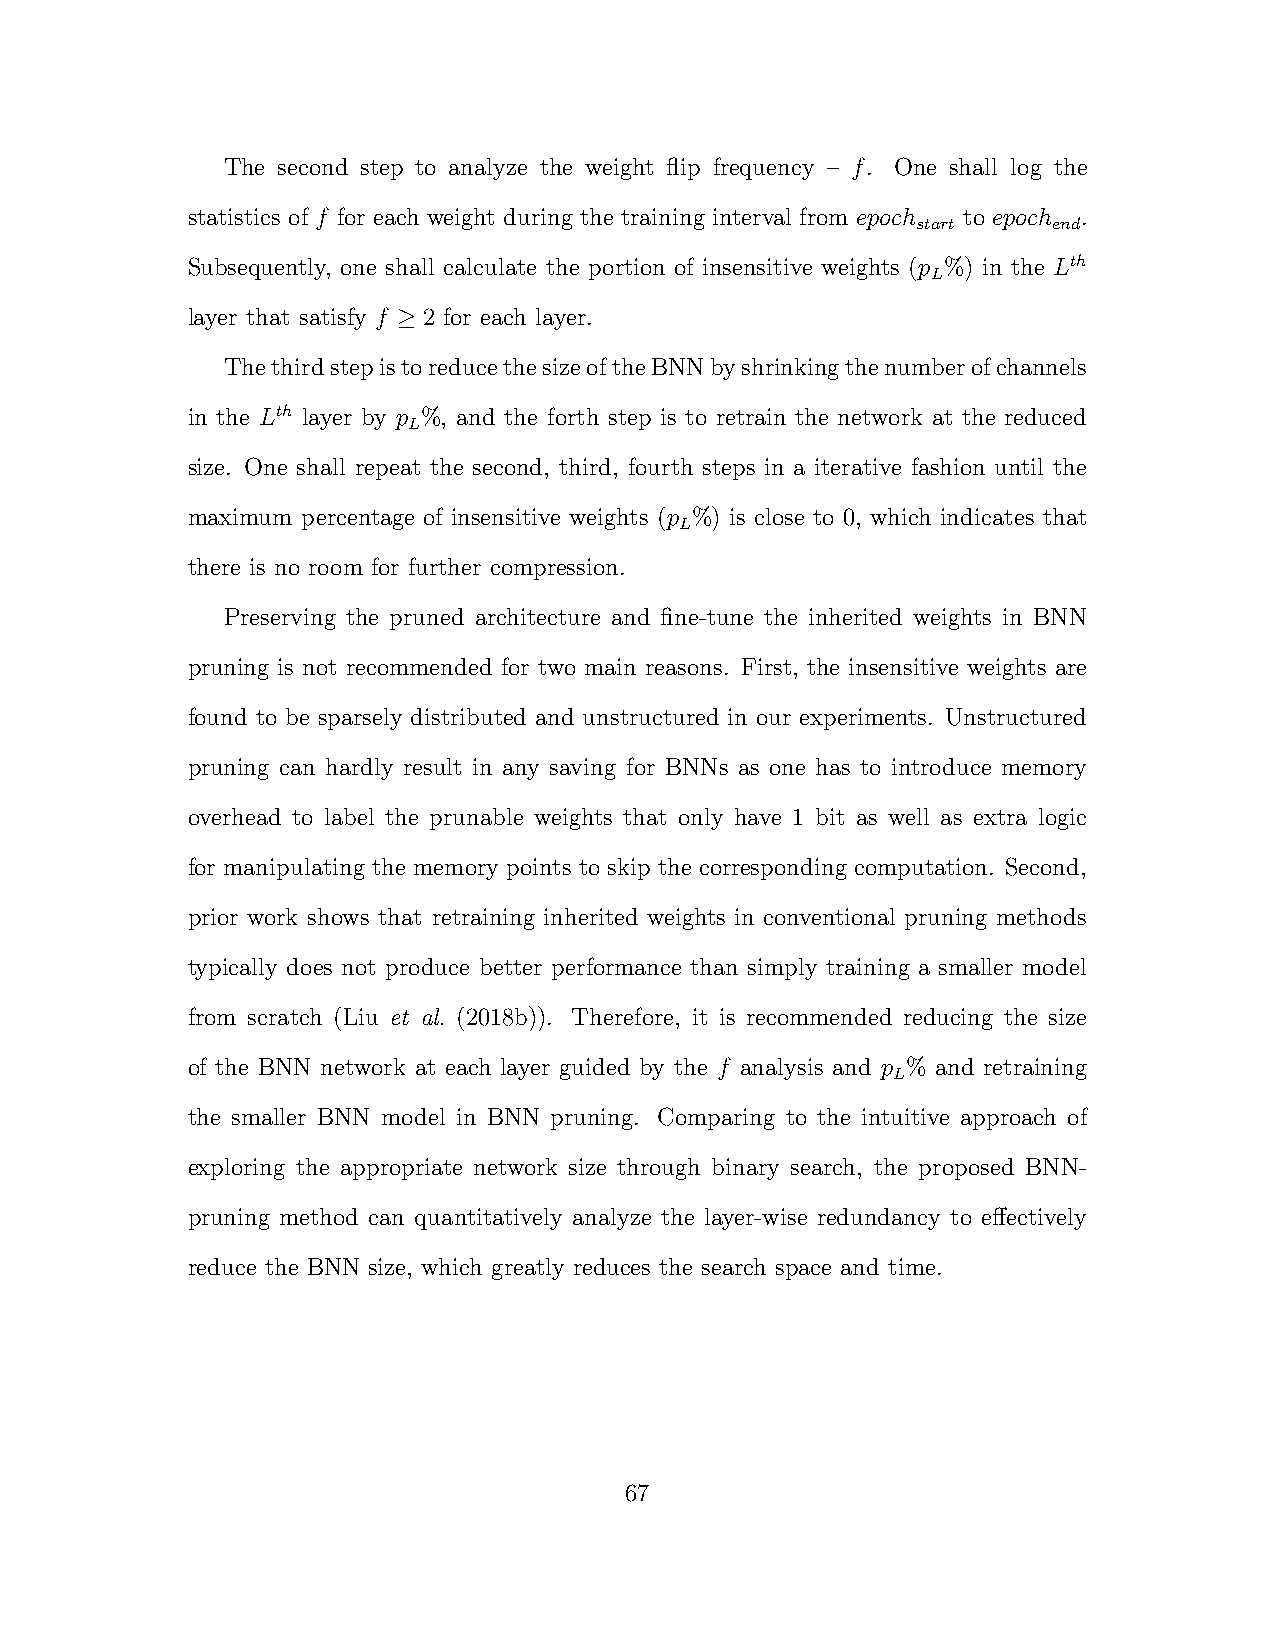
The second step to analyze the weight flip frequency – f. One shall log the
 statistics of f for each weight during the training interval from epoch to epoch .
 start    end
 Subsequently, one shall calculate the portion of insensitive weights (p %) in the Lth
 L
 layer that satisfy f ≥ 2 for each layer.
 ThethirdstepistoreducethesizeoftheBNNbyshrinkingthenumberofchannels
 in the Lth layer by p %, and the forth step is to retrain the network at the reduced
 L
 size. One shall repeat the second, third, fourth steps in a iterative fashion until the
 maximum percentage of insensitive weights (p %) is close to 0, which indicates that
 L
 there is no room for further compression.
 Preserving the pruned architecture and fine-tune the inherited weights in BNN
 pruning is not recommended for two main reasons. First, the insensitive weights are
 found to be sparsely distributed and unstructured in our experiments. Unstructured
 pruning can hardly result in any saving for BNNs as one has to introduce memory
 overhead to label the prunable weights that only have 1 bit as well as extra logic
 for manipulating the memory points to skip the corresponding computation. Second,
 prior work shows that retraining inherited weights in conventional pruning methods
 typically does not produce better performance than simply training a smaller model
 from scratch (Liu et al. (2018b)). Therefore, it is recommended reducing the size
 of the BNN network at each layer guided by the f analysis and p % and retraining
 L
 the smaller BNN model in BNN pruning. Comparing to the intuitive approach of
 exploring the appropriate network size through binary search, the proposed BNN-
 pruning method can quantitatively analyze the layer-wise redundancy to effectively
 reduce the BNN size, which greatly reduces the search space and time.
 67